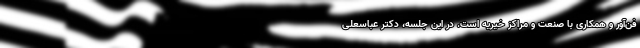
فن‌آور و همکاری با صنعت و مراکز خیریه است. در این جلسه، دکتر عباسعلی